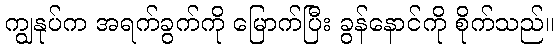
ကျွနုပ်က အရက်ခွက်ကို မြောက်ပြီး ခွန်နောင်ကို စိုက်သည်။